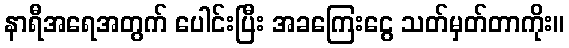
နာရီအရေအတွက် ပေါင်းပြီး အခကြေးငွေ သတ်မှတ်တာကိုး။